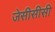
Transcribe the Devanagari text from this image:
जेसीसीसी